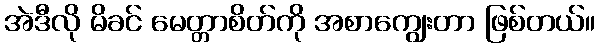
အဲဒီလို မိခင် မေတ္တာစိတ်ကို အစာကျွေးတာ ဖြစ်တယ်။